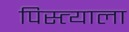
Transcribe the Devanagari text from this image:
पिस्त्याला